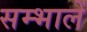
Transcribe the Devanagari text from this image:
सम्भालें